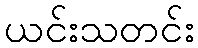
ယင်းသတင်း